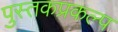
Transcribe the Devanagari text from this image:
पुस्तकप्रकल्प